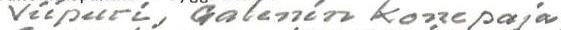
Viipuri, Galenin konepaja